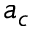
a _ { c }